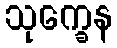
သုက္ခေန